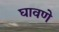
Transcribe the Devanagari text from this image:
घावणे